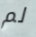
لم